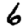
Digit: 6